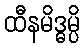
ထီနမိဒ္ဓမ္ပိ